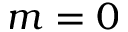
m = 0